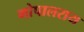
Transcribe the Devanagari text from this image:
गोपालराय